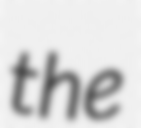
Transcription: the